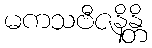
မကသဗီဇနိန္တိ